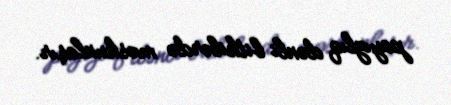
payızlıq dənli bitkilərdə məskunlaşır.